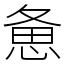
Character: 惫